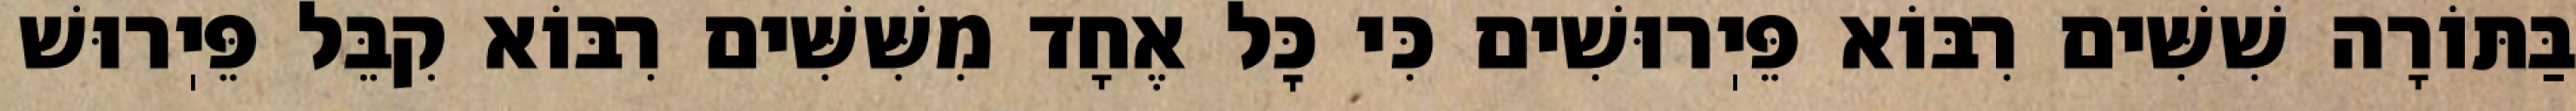
בַּתּוֹרָה שִׁשִּׁים רִבּוֹא פֵּיֽרוּשִׁים כִּי כׇּל אֶחָד מִשִּׁשִּׁים רִבּוֹא קִבֵּל פֵּיֽרוּשׁ